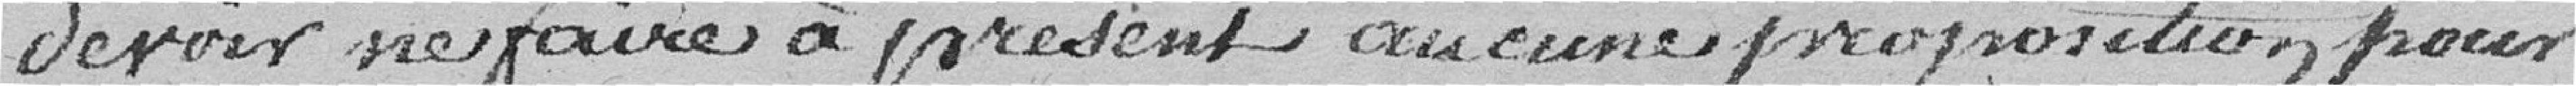
devoir ne faire à présent aucune proposition pour